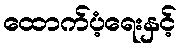
ထောက်ပံ့ရေးနှင့်